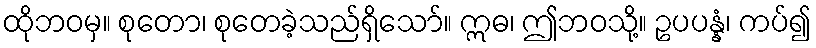
ထိုဘဝမှ။ စုတော၊ စုတေခဲ့သည်ရှိသော်။ ဣဓ၊ ဤဘဝသို့။ ဥပပန္နံ၊ ကပ်၍